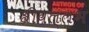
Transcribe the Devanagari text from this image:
श्रीवल्‍लभ